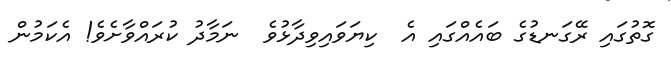
ގޮތުގައި ރޭގަނޑުގެ ބައެއްގައި އެ  ކިޔަވައިވިދާޅުވެ  ނަމާދު ކުރައްވާށެވެ! އެކަމުން